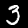
Digit: 3